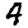
Digit: 4